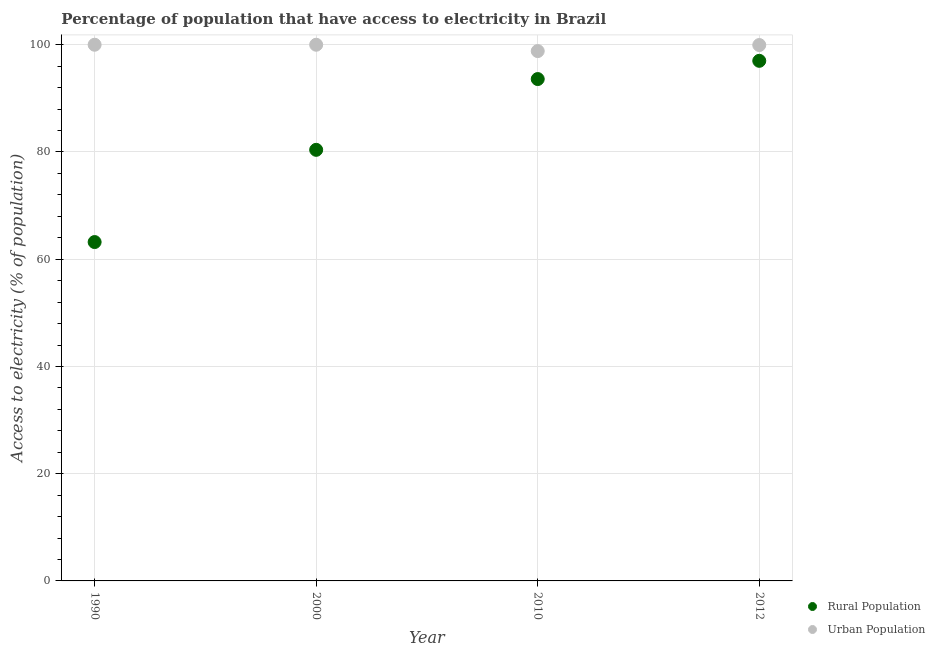
| Year | Rural Population | Urban Population |
 | --- | --- | --- |
 | 1990 | 63.2 | 100 |
 | 2000 | 80.4 | 100 |
 | 2010 | 93.6 | 98.8 |
 | 2012 | 97 | 99.9 |